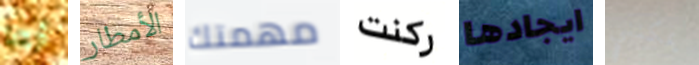
أرها الأمطار مهمتك ركنت ايجادها يمكنني